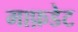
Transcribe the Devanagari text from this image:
माफ़डेट